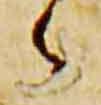
々